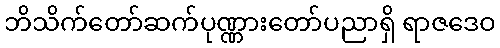
ဘိသိက်တော်ဆက်ပုဏ္ဏားတော်ပညာရှိ ရာဇဒေဝ